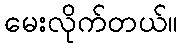
မေးလိုက်တယ်။